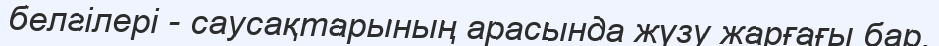
белгілері - саусақтарының арасында жүзу жарғағы бар.